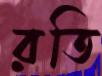
রতি